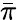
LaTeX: \bar{\pi}